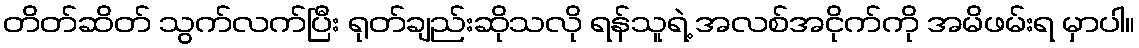
တိတ်ဆိတ် သွက်လက်ပြီး ရုတ်ချည်းဆိုသလို ရန်သူရဲ့ အလစ်အငိုက်ကို အမိဖမ်းရ မှာပါ။